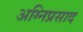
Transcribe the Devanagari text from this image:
अग्निप्रसाद